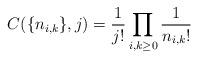
LaTeX: \begin{align*} C(\{n_{i, k}\}, j) = \frac{1}{j!}\prod_{i, k \geq 0}\frac{1}{n_{i, k}!} \end{align*}